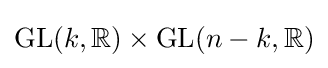
\mathrm {GL} (k,\mathbb {R} )\times \mathrm {GL} (n-k,\mathbb {R} )